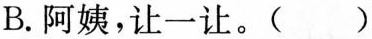
B.阿姨，让一让。()